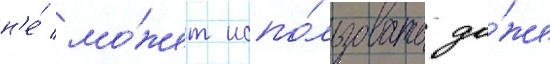
н'е́ мо́жет испо́льзовать да́же